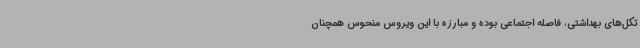
تکل‌های بهداشتی، فاصله اجتماعی بوده و مبارزه با این ویروس منحوس همچنان